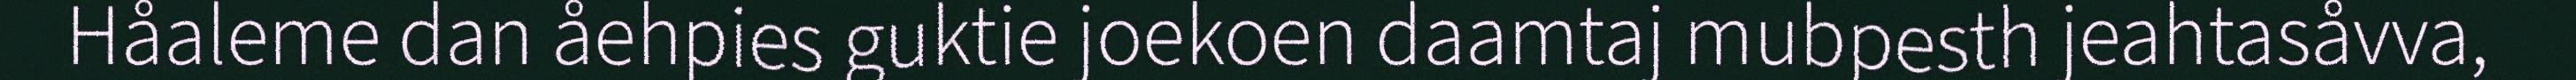
Håaleme dan åehpies guktie joekoen daamtaj mubpesth jeahtasåvva,